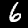
Label: 6